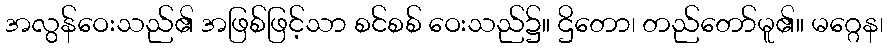
အလွန်ဝေးသည်၏ အဖြစ်ဖြင့်သာ စင်စစ် ဝေးသည်၌။ ဌိတော၊ တည်တော်မူ၏။ မဂ္ဂေန၊